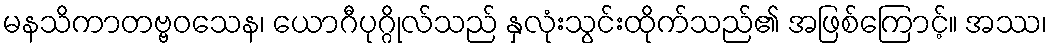
မနသိကာတဗ္ဗဝသေန၊ ယောဂီပုဂ္ဂိုလ်သည် နှလုံးသွင်းထိုက်သည်၏ အဖြစ်ကြောင့်။ အဿ၊